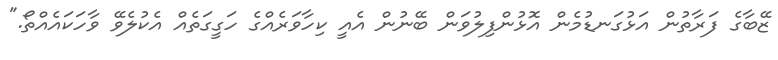
ޒޭބާގެ ފަރާތުން އަޅުގަނޑުމެން އޮޅުންފިލުވަން ބޭނުން އެއީ ކިހާވަރެއްގެ ހަގީގަތެއް އެކުލެވޭ ވާހަކައެއްތޯ."